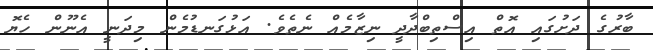
ބާރުގެ ދަށުގައި އޮތް އިސްތިބްދާދީ ނިޒާމެއް ނެތެވެ. އަޅުގަނޑުމެން މިދަނީ އެނޫން ހެޔޮ